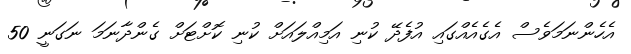
އެހެންނަމަވެސް އެގެއެއްގައި އުފެދޭ ކުނި އަމިއްލައަށް ކުނި ކޮށްޓަށް ގެންދާނަމަ ނަގަނީ 50